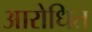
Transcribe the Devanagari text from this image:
आरोधित